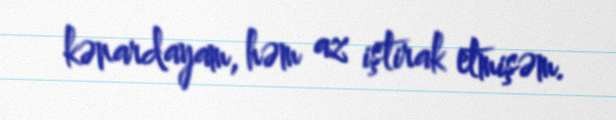
kənardayam, həm az iştirak etmişəm.